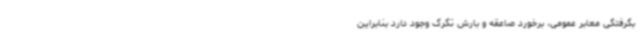
بگرفتگی معابر عمومی، برخورد صاعقه و بارش تگرگ وجود دارد بنابراین